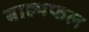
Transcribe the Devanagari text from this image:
बाह्यफल